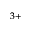
^ { 3 + }